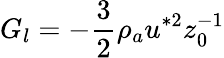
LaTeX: G_{l}=-\frac{3}{2}\rho_{a}u^{*2}z_{0}^{-1}